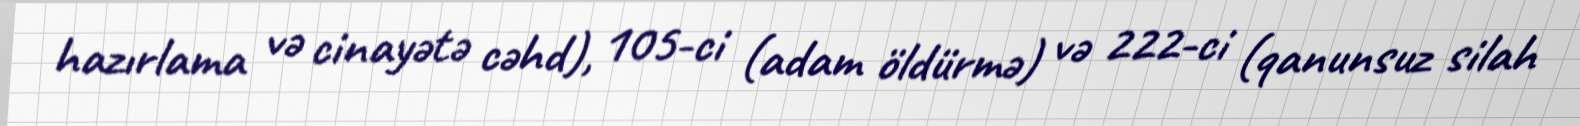
hazırlama və cinayətə cəhd), 105-ci (adam öldürmə) və 222-ci (qanunsuz silah